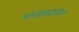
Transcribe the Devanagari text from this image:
संचप्रवादातील